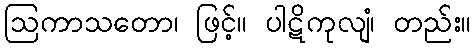
ဩကာသတော၊ ဖြင့်။ ပါဋိကုလျံ၊ တည်း။